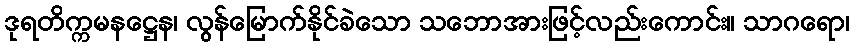
ဒုရတိက္ကမနဋ္ဌေန၊ လွန်မြောက်နိုင်ခဲသော သဘောအားဖြင့်လည်းကောင်း။ သာဂရော၊